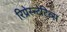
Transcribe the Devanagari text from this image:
रिप्रेस्न्टेटिव्स